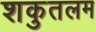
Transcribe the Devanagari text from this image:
शकुतलम